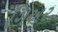
ગિઅર